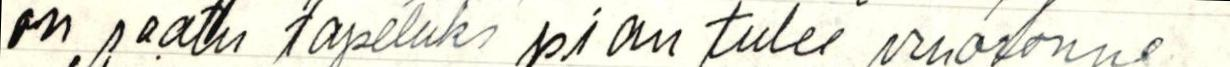
on saatu tapetuks pian tulee vuoronne